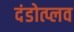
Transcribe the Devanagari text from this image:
दंडोत्प्लव